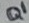
Text: Q1